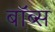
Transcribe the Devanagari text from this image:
बॉब्स